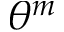
\theta ^ { m }